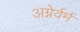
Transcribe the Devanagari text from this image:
अग्नेर्वर्म